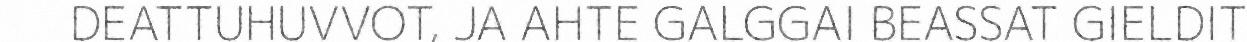
DEATTUHUVVOT, JA AHTE GALGGAI BEASSAT GIELDIT